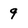
Character: 9